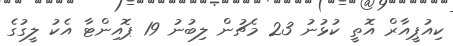
ކިއުޕީއާރް އޮތީ ކުޅުނު 23 މެޗުން ލިބުނު 19 ޕޮއިންޓާ އެކު ލީގުގެ